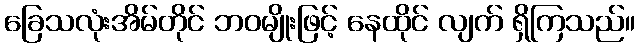
ခြေသလုံးအိမ်တိုင် ဘဝမျိုးဖြင့် နေထိုင် လျက် ရှိကြသည်။